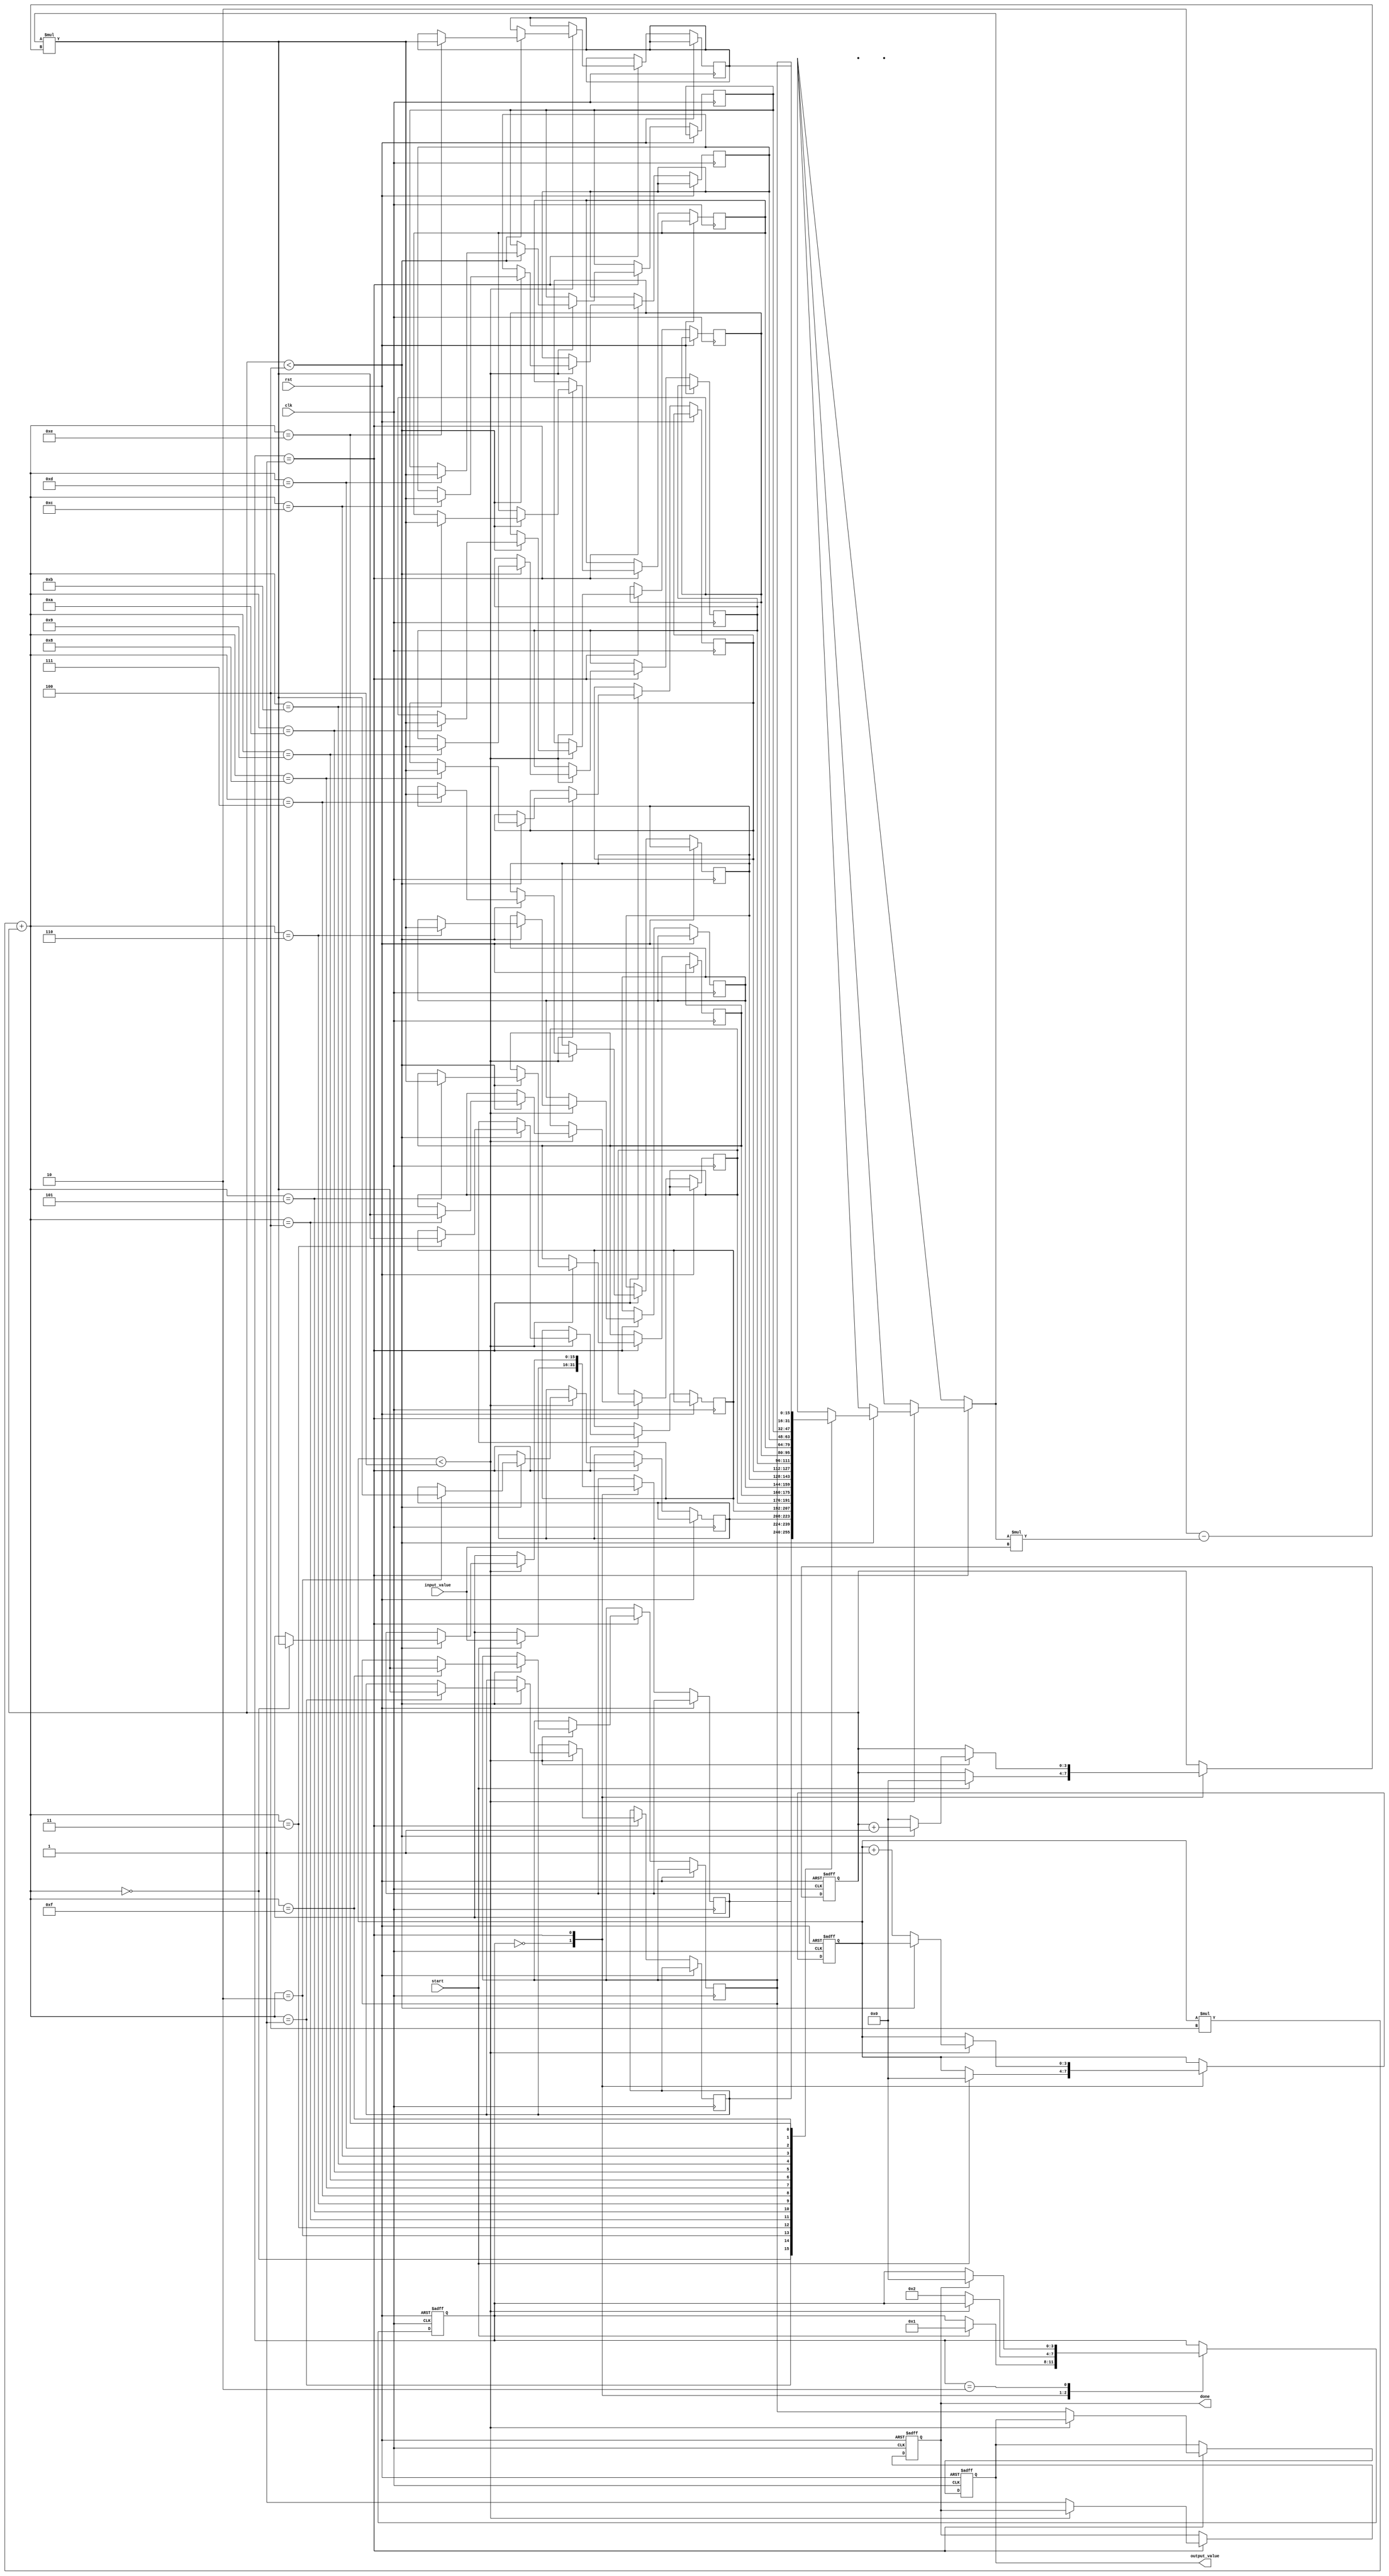
module systolic_array_reciprocal #(
    parameter WIDTH = 16, // Bit-width of input and output
    parameter PEs = 4     // Number of Processing Elements (PEs) in each row/column
)(
    input wire clk,
    input wire rst,
    input wire [WIDTH-1:0] input_value, // Input value for which reciprocal is to be computed
    input wire start,                    // Signal to start the computation
    output reg [WIDTH-1:0] output_value, // Final reciprocal output
    output reg done                      // Signal indicating completion of computation
);

    // Processing Element (PE) definition
    reg [WIDTH-1:0] PE [0:PEs-1][0:PEs-1]; // 2D array of PEs
    reg [WIDTH-1:0] temp [0:PEs-1];         // Temporary storage for intermediate results
    reg [3:0] state;                        // State variable for control logic
    reg [3:0] row, col;                    // Row and column indices for PE access

    // Control states
    localparam IDLE = 0, COMPUTE = 1, OUTPUT = 2;

    // Initial state
    initial begin
        state = IDLE;
        done = 0;
        output_value = 0;
    end

    // Main control logic
    always @(posedge clk or posedge rst) begin
        if (rst) begin
            state <= IDLE;
            done <= 0;
            output_value <= 0;
            row <= 0;
            col <= 0;
        end else begin
            case (state)
                IDLE: begin
                    if (start) begin
                        // Initialize the first PE with the input value
                        PE[0][0] <= input_value;
                        state <= COMPUTE;
                        row <= 0;
                        col <= 0;
                    end
                end

                COMPUTE: begin
                    // Perform reciprocal calculation using iterative method
                    // Example: Newton-Raphson method
                    if (row < PEs) begin
                        if (col < PEs) begin
                            // Update PE based on its neighbors
                            if (row > 0) begin
                                PE[row][col] <= PE[row-1][col]; // Receive from top
                            end
                            if (col > 0) begin
                                PE[row][col] <= PE[row][col-1]; // Receive from left
                            end

                            // Example computation: PE[row][col] = PE[row][col] * (2 - PE[row][col] * input_value)
                            PE[row][col] <= PE[row][col] * (2 - PE[row][col] * input_value);
                            
                            // Move to next column
                            col <= col + 1;
                        end else begin
                            // Move to next row
                            col <= 0;
                            row <= row + 1;
                        end
                    end else begin
                        // Finished computation, move to output stage
                        state <= OUTPUT;
                        output_value <= PE[PEs-1][PEs-1]; // Get final result from last PE
                        done <= 1;
                    end
                end

                OUTPUT: begin
                    // Output stage
                    // Can add additional logic for output handling if needed
                    if (done) begin
                        // Reset for next computation
                        state <= IDLE;
                    end
                end
            endcase
        end
    end

endmodule